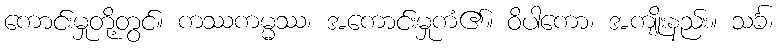
ကောင်းမှုတို့တွင်။ ကဿကမ္မဿ၊ အကောင်းမှုကံ၏။ ဝိပါကော၊ အကျိုးနည်း။ သင်္ခ၊